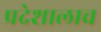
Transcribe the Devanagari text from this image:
प्रदेशालाच